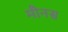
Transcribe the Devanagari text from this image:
मौनस